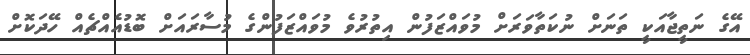
އޭގެ ނަތީޖާއަކީ ތަނަށް ނުކަތާވަރަށް މުވައްޒަފުން އިތުރުވެ މުވައްޒަފުންގެ މުސާރައަށް ބޮޑުއެއްޗެއް ހޭދަކޮށް